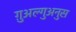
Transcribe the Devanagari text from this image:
ग़ुअल्गुअनुस